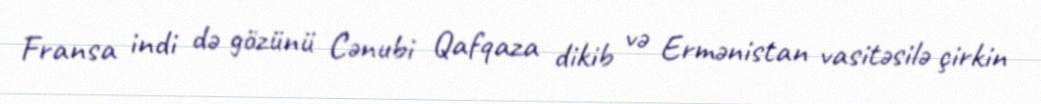
Fransa indi də gözünü Cənubi Qafqaza dikib və Ermənistan vasitəsilə çirkin